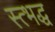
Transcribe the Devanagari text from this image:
स्त्भद्ध